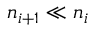
n _ { i + 1 } \ll n _ { i }